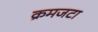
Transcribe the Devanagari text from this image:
क्रमजटा